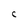
Character: C